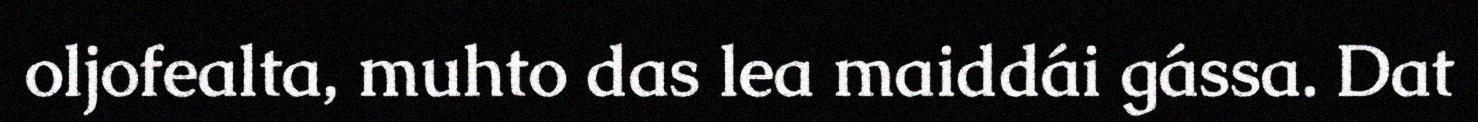
oljofealta, muhto das lea maiddái gássa. Dat